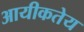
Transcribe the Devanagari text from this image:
आयीकतेय